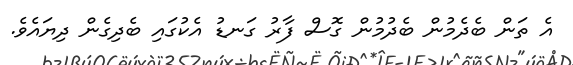
އެ ތަން ބެދެމުން ބެދުމުން ގޮސް ފާރު ގަނޑު އެކުގައި ބެދިގެން ދިޔައެވެ.